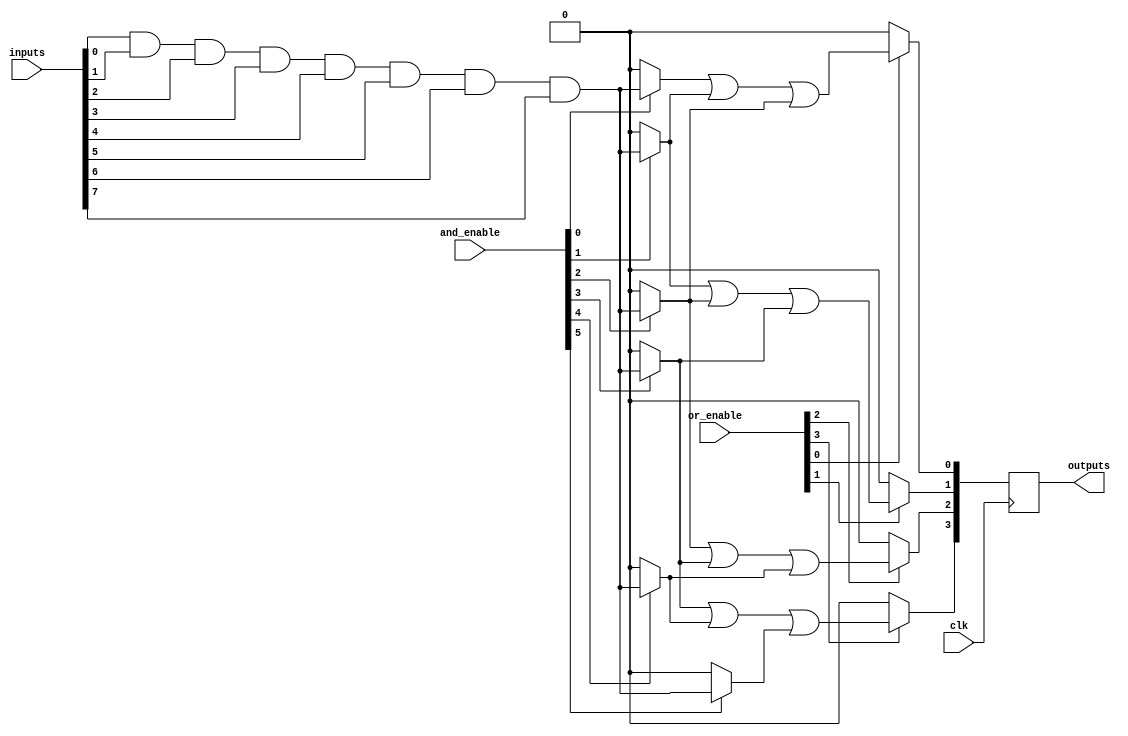
module RPAL #(
    parameter N_INPUTS = 8,      // Number of input lines
    parameter N_ANDS = 16,       // Number of AND gates
    parameter N_ORS = 8,         // Number of OR gates
    parameter N_OUTPUTS = 4      // Number of registered outputs
)(
    input  wire [N_INPUTS-1:0]   inputs,     // Input lines
    input  wire [N_ANDS-1:0]      and_enable, // Control signals for AND gates
    input  wire [N_ORS-1:0]       or_enable,  // Control signals for OR gates
    input  wire                   clk,        // Clock input
    output reg [N_OUTPUTS-1:0]    outputs     // Registered outputs
);

// Programmable AND array
wire [N_ANDS-1:0] and_output [0:N_INPUTS-1]; // AND gate outputs

genvar i, j;
generate
    for (i = 0; i < N_ANDS; i = i + 1) begin : and_block
        assign and_output[i] = 
            (and_enable[i]) ? 
            (inputs[0] & inputs[1] & inputs[2] & inputs[3] & inputs[4] & inputs[5] & inputs[6] & inputs[7]) : 0; // Example for full input, can be modified
    end
endgenerate

// Programmable OR array
wire [N_ORS-1:0] or_output; // OR gate outputs

generate
    for (j = 0; j < N_ORS; j = j + 1) begin : or_block
        assign or_output[j] = or_enable[j] ? 
            (and_output[j] | and_output[j + 1] | and_output[j + 2]) : 0; // Example for selection
    end
endgenerate

// Registering outputs with flip-flops
always @(posedge clk) begin
    outputs <= or_output[0 +: N_OUTPUTS]; // Capture selected OR gate outputs
end

endmodule